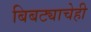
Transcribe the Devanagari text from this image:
बिबट्याचेही